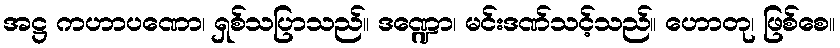
အဋ္ဌ ကဟာပဏော၊ ရှစ်သပြာသည်။ ဒဏ္ဍော၊ မင်းဒဏ်သင့်သည်။ ဟောတု၊ ဖြစ်စေ။